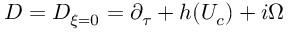
D = D _ { \xi = 0 } = \partial _ { \tau } + h ( U _ { c } ) + i \Omega \,